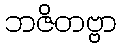
ဘဇိတဗ္ဗာ